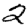
Digit: 2